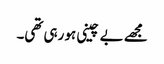
مجھے بے چینی ہو رہی تھی۔